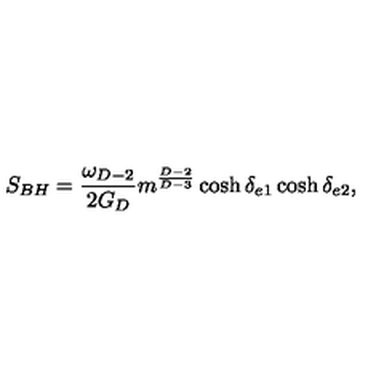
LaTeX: S _ { B H } = { \frac { \omega _ { D - 2 } } { 2 G _ { D } } } m ^ { \frac { D - 2 } { D - 3 } } \cosh \delta _ { e 1 } \cosh \delta _ { e 2 } ,